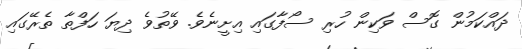
ދައްކަމުން ގޮސް ވަކިން ހުރި ސޯފާގައި އިށީނެވެ. ވޭތުވެ ދިޔަ ހަފްތާ ތެރޭގައި